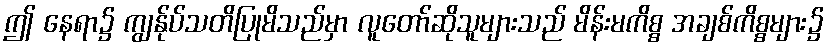
ဤ နေရာ၌ ကျွန်ုပ်သတိပြုမိသည်မှာ လူတော်ဆိုသူများသည် မိန်းမကိစ္စ အချစ်ကိစ္စများ၌